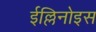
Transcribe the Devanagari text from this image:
ईल्लिनोइस